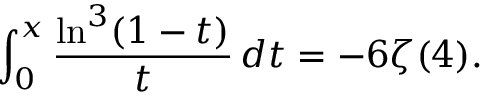
\int _ { 0 } ^ { x } \frac { \ln ^ { 3 } ( 1 - t ) } { t } \, d t = - 6 \zeta ( 4 ) .